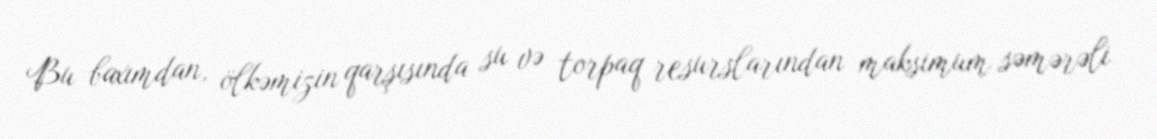
Bu baxımdan, ölkəmizin qarşısında su və torpaq resurslarından maksimum səmərəli